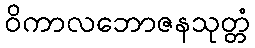
ဝိကာလဘောဇနသုတ္တံ